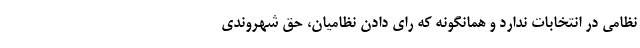
نظامی در انتخابات ندارد و همانگونه که رای دادن نظامیان، حق شهروندی